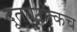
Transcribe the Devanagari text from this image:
दूतघटोत्कच